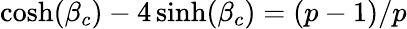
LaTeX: \cosh(\beta_{c})-4\sinh(\beta_{c})=(p-1)/p